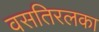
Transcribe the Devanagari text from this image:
वसतिरलका